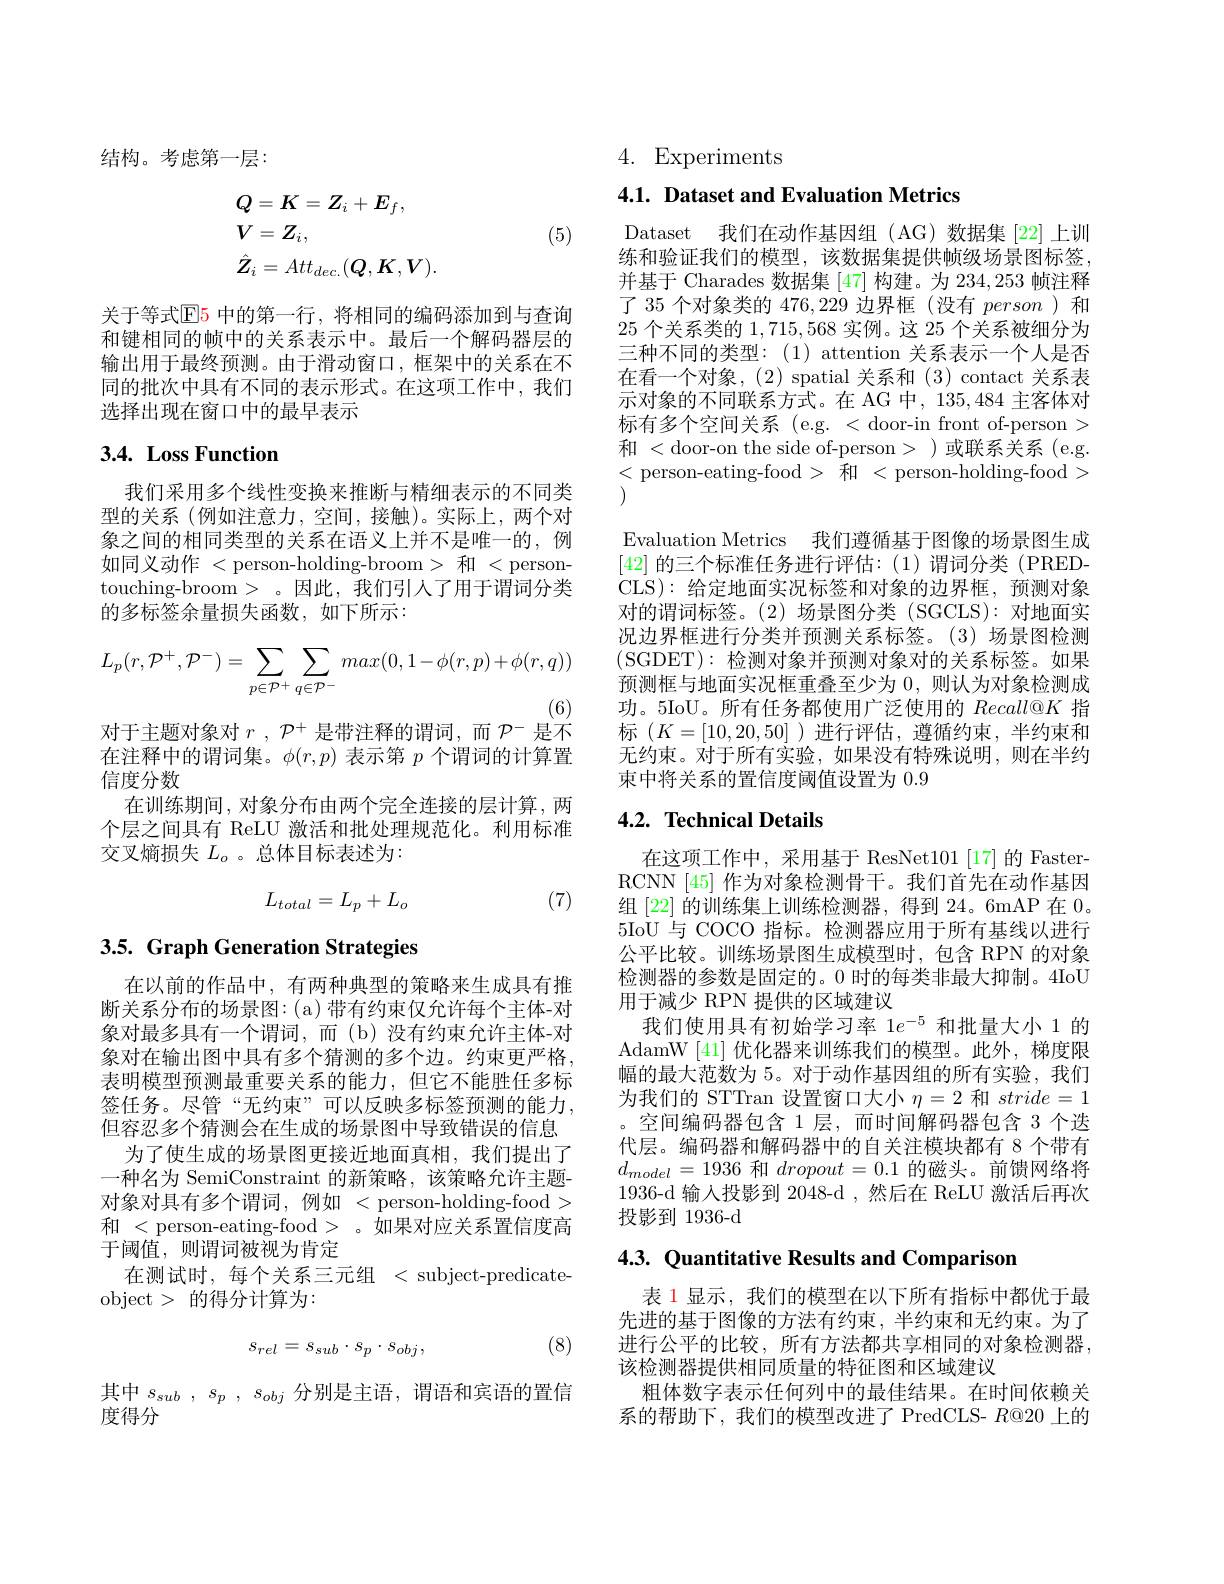
结构。考虑第一层：

(5)
$$\begin{aligned}&Q=K=Z_{i}+E_{f},\\&V=Z_{i},\\&\hat{\boldsymbol{Z}}_{i}=Att_{dec.}(Q,K,V).\end{aligned}$$
关于等式$\mathbb{E}$5 中的第一行，将相同的编码添加到与查询和键相同的帧中的关系表示中。最后一个解码器层的输出用于最终预测。由于滑动窗口，框架中的关系在不同的批次中具有不同的表示形式。在这项工作中，我们选择出现在窗口中的最早表示

# 3.4. Loss Function

我们采用多个线性变换来推断与精细表示的不同类型的关系(例如注意力，空间，接触)。实际上，两个对象之间的相同类型的关系在语义上并不是唯一的，例如同义动作<person-holding-broom>和<persontouching-broom > 。因此，我们引人了用于谓词分类的多标签余量损失函数，如下所示：
$$L_p(r,\mathcal{P}^+,\mathcal{P}^-)=\sum\limits_{p\in\mathcal{P}^+}\sum\limits_{q\in\mathcal{P}^-}max(0,1-\phi(r,p)+\phi(r,q))$$
(6)
对于主题对象对$r,\mathcal{P}^+$是带注释的谓词，而$\mathcal{P}^-$是不在注释中的谓词集。$\phi(r,p)$表示第$p$个谓词的计算置信度分数
在训练期间，对象分布由两个完全连接的层计算，两个层之间具有 ReLU 激活和批处理规范化。利用标准交叉熵损失$L_o$ 。总体目标表述为：
$$L_{total}=L_p+L_o$$
(7)

# 3.5. Graph Generation Strategies

在以前的作品中，有两种典型的策略来生成具有推断关系分布的场景图：(a)带有约束仅允许每个主体-对象对最多具有一个谓词，而(b)没有约束允许主体-对象对在输出图中具有多个猜测的多个边。约束更严格， 表明模型预测最重要关系的能力，但它不能胜任多标签任务。尽管“无约束”可以反映多标签预测的能力， 但容忍多个猜测会在生成的场景图中导致错误的信息
为了使生成的场景图更接近地面真相，我们提出了一种名为 SemiConstraint 的新策略，该策略允许主题对象对具有多个谓词，例如 < person-holding-food > 和<person-eating-food>。如果对应关系置信度高于阈值，则谓词被视为肯定
在测试时，每个关系三元组 < subject-predicate-
object>的得分计算为：

(8)
$$s_{rel}=s_{sub}\cdot s_{p}\cdot s_{obj},$$
其中$s_{sub}$ , $s_p$ , $s_{obj}$ 分别是主语，谓语和宾语的置信
度得分

4. Experiments

## 4.1. Dataset and Evaluation Metrics

Dataset 我们在动作基因组(AG)数据集[22]上训练和验证我们的模型，该数据集提供帧级场景图标签， 并基于 Charades 数据集[47]构建。为 234,253 帧注释了 35 个对象类的 476,229 边界框 (没有 person )和25个关系类的1，715,568实例。这 25 个关系被细分为三种不同的类型：(1) attention 关系表示一个人是否在看一个对象，(2) spatial 关系和 (3) contact 关系表示对象的不同联系方式。在 AG 中，135,484 主客体对标有多个空间关系 (e.g. < door-in front of-person > 和 < door-on the side of-person > ) 或联系关系 (e.g. <person-eating-food>和<person-holding-food>
Evaluation Metrics 我们遵循基于图像的场景图生成[42]的三个标准任务进行评估：(1)谓词分类(PREDCLS): 给定地面实况标签和对象的边界框，预测对象对的谓词标签。(2)场景图分类 (SGCLS):对地面实况边界框进行分类并预测关系标签。(3)场景图检测(SGDET):检测对象并预测对象对的关系标签。如果预测框与地面实况框重叠至少为0，则认为对象检测成功。5IoU。所有任务都使用广泛使用的$Recall@K$指标($K=[10,20,50]$)进行评估，遵循约束，半约束和无约束。对于所有实验，如果没有特殊说明，则在半约束中将关系的置信度阈值设置为 0.9

## 4.2. Technical Details

在这项工作中，采用基于 ResNet101[17]的 FasterRCNN [45] 作为对象检测骨干。我们首先在动作基因组[22] 的训练集上训练检测器，得到 24。6mAP 在 0。5IoU 与 COCO 指标。检测器应用于所有基线以进行公平比较。训练场景图生成模型时，包含 RPN 的对象检测器的参数是固定的。0 时的每类非最大抑制。4IoU 用于减少 RPN 提供的区域建议
我们使用具有初始学习率 1$e^{-5}$和批量大小 1 的AdamW [41]优化器来训练我们的模型。此外，梯度限幅的最大范数为 5。对于动作基因组的所有实验，我们为我们的 STTran 设置窗口大小$\eta=2$和$stride=1$ 。空间编码器包含 1 层，而时间解码器包含 3 个迭代层。编码器和解码器中的自关注模块都有 8 个带有$d_{model}=1936$和$dropout=0.1$的磁头。前馈网络将1936-d 输入投影到 2048-d ,然后在 ReLU 激活后再次投影到 1936-d

4.3. Quantitative Results and Comparison

表 1 显示，我们的模型在以下所有指标中都优于最先进的基于图像的方法有约束，半约束和无约束。为了进行公平的比较，所有方法都共享相同的对象检测器， 该检测器提供相同质量的特征图和区域建议
粗体数字表示任何列中的最佳结果。在时间依赖关系的帮助下，我们的模型改进了 PredCLS- $R$@20 上的